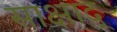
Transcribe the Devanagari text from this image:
साक्षाद्